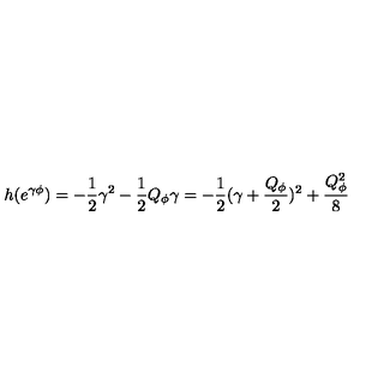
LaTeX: h ( e ^ { \gamma \phi } ) = - { \frac { 1 } { 2 } } \gamma ^ { 2 } - { \frac { 1 } { 2 } } Q _ { \phi } \gamma = - { \frac { 1 } { 2 } } ( \gamma + { \frac { Q _ { \phi } } { 2 } } ) ^ { 2 } + { \frac { Q _ { \phi } ^ { 2 } } { 8 } }